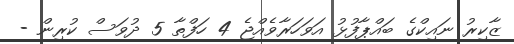
ޒާކިރު ނައިކްގެ ބައްޕާފުޅު އަވަހަރާވެއްޖެ 4 ހަފްތާ 5 ދުވަސް ކުރިން -